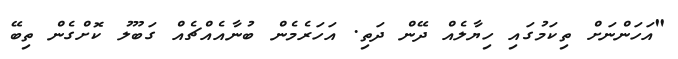
"އަހަންނަށް ތިކަމުގައި ހިޔާލެއް ދޭން ދަތި. އަހަރެމެން ބުނާއެއްޗެއް ގަބޫލު ކޮށްގެން ތިބޭ